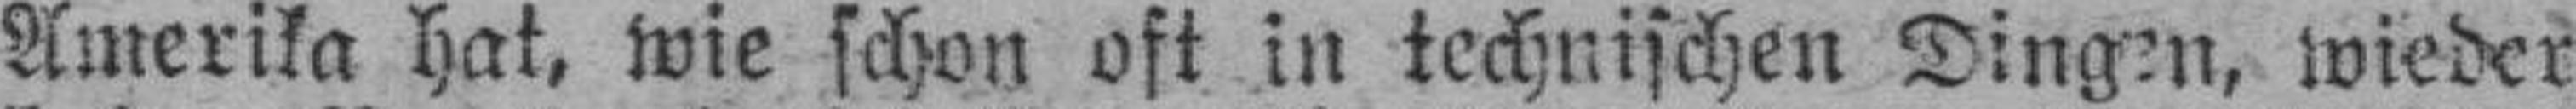
Amerika hat, wie schon oft in technischen Dingen, wieder